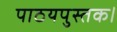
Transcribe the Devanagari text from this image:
पाठयपुस्तक।